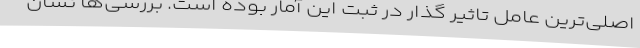
اصلی‌ترین عامل تاثیر گذار در ثبت این آمار بوده است. بررسی‌ها نشان